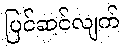
ပြင်ဆင်လျက်